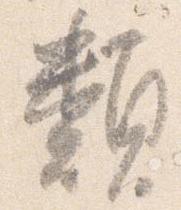
類